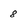
Character: 8